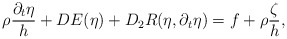
\begin{align*}\rho\frac{\partial_t \eta}{h} + DE(\eta) + D_2R(\eta, \partial_t \eta) = f + \rho\frac{\zeta}{h},\end{align*}